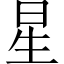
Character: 星